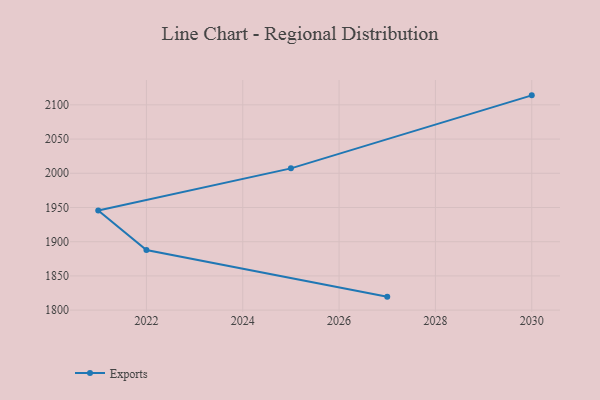
{"axis": {"x": "Year", "y": "Operating Costs (USD K)"}, "legend": ["Exports"], "data": [{"x": "2027", "y": 1819.7, "type": "Exports"}, {"x": "2022", "y": 1887.8, "type": "Exports"}, {"x": "2021", "y": 1945.7, "type": "Exports"}, {"x": "2025", "y": 2007.2, "type": "Exports"}, {"x": "2030", "y": 2113.9, "type": "Exports"}]}